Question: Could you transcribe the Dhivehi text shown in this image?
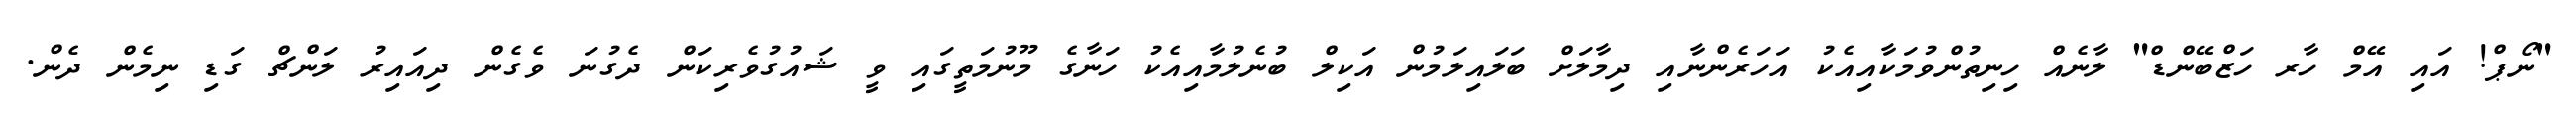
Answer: "ނޯޕް! އައި އޭމް ހާރ ހަޒްބޭންޑް" ލާނެއް ހިނިތުންވުމަކާއިއެކު އަހަރެންނާއި ދިމާލަށް ބަލައިލަމުން އަކިލް ބުނެލުމާއިއެކު ހަނާގެ މޫނުމަތީގައި ވީ ޝައުގުވެރިކަން ދެގުނަ ވެގެން ދިއައިރު ލަންޗް ގަޑި ނިމެން ދެން.